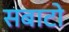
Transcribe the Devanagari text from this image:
सबाटो